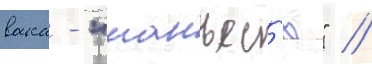
вака - "манъес'ю" //